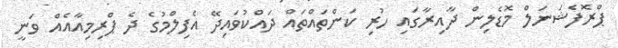
ޕްރޮފެޝަނަލް މޮޑެލިން ދާއިރާގައި ހުރި ކަންތައްތައް ދައްކުވައިދޭ އެފިލްމުގެ ދެ ޕްރިމިއާއެއް ވަނީ